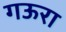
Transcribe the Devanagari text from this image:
गऊरा